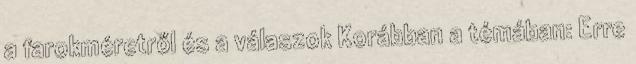
a farokméretről és a válaszok Korábban a témában: Erre